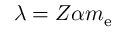
\lambda = Z \alpha m _ { \mathrm { e } }